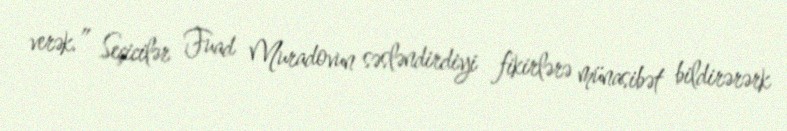
verək.” Seçicilər Fuad Muradovun səsləndirdiyi fikirlərə münasibət bildirərərk